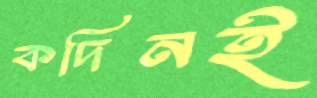
কদিনই